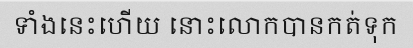
ទាំងនេះហើយ នោះលោកបានកត់ទុក